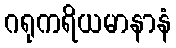
ဂရုကရိယမာနာနံ